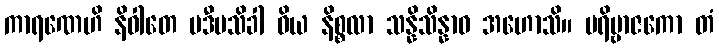
ကာရဏေဟိ နိဝါတေ ပဒီပသိခါ ဝိယ နိစ္စလာ သန္နိသိန္နာဝ အဟောသိ။ ပရိဗ္ဗာဇကော တံ